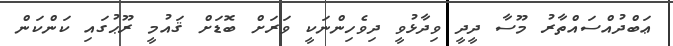
ޢަބްދުއްސައްތާރު މޫސާ ދީދީ ވިދާޅުވީ ދިވެހިންނަކީ ވަރަށް ބޮޑަށް ޤައުމީ ރޫޙުގައި ކަންކަން